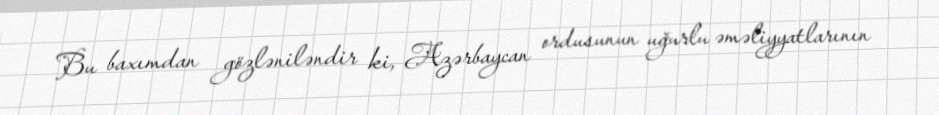
Bu baxımdan gözləniləndir ki, Azərbaycan ordusunun uğurlu əməliyyatlarının